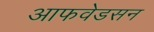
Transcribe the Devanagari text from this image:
आफवेडसन